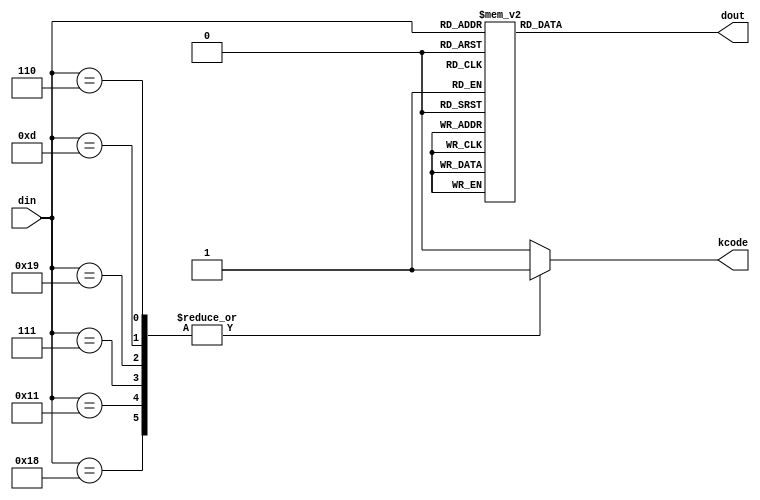
// This program was cloned from: https://github.com/briansune/USB-PD-3.1-Verilog
// License: MIT License

//  ____         _                ____                      
// | __ )  _ __ (_)  __ _  _ __  / ___|  _   _  _ __    ___ 
// |  _ \ | '__|| | / _` || '_ \ \___ \ | | | || '_ \  / _ \
// | |_) || |   | || (_| || | | | ___) || |_| || | | ||  __/
// |____/ |_|   |_| \__,_||_| |_||____/  \__,_||_| |_| \___|
//                                                          
// Programed By: BrianSune
// Contact: briansune@gmail.com
// 


`timescale 1ns/1ps

module dec_4b5b(
	
	input	[4 : 0]		din,
	output				kcode,
	output	[3 : 0]		dout
);
	
	reg		[3 : 0]		dout_c;
	reg					kcode_c;
	
	always@(*)begin
		case(din)
			5'b11110: dout_c = 4'd0;
			5'b01001: dout_c = 4'd1;
			5'b10100: dout_c = 4'd2;
			5'b10101: dout_c = 4'd3;
			5'b01010: dout_c = 4'd4;
			5'b01011: dout_c = 4'd5;
			5'b01110: dout_c = 4'd6;
			5'b01111: dout_c = 4'd7;
			5'b10010: dout_c = 4'd8;
			5'b10011: dout_c = 4'd9;
			5'b10110: dout_c = 4'hA;
			5'b10111: dout_c = 4'hB;
			5'b11010: dout_c = 4'hC;
			5'b11011: dout_c = 4'hD;
			5'b11100: dout_c = 4'hE;
			5'b11101: dout_c = 4'hF;
			// 1 XXXX
			5'b11000: dout_c = 4'd0; // sync-1
			5'b10001: dout_c = 4'd1; // sync-2
			5'b00111: dout_c = 4'd2; // rst-1
			5'b11001: dout_c = 4'd3; // rst-2
			5'b01101: dout_c = 4'd4; // eop
			5'b00110: dout_c = 4'd5; // sync-3
			default: dout_c = 4'd0;
		endcase
		
		case(din)
			5'b11000: kcode_c = 1'b1; // sync-1
			5'b10001: kcode_c = 1'b1; // sync-2
			5'b00111: kcode_c = 1'b1; // rst-1
			5'b11001: kcode_c = 1'b1; // rst-2
			5'b01101: kcode_c = 1'b1; // eop
			5'b00110: kcode_c = 1'b1; // sync-3
			default: kcode_c = 1'b0;
		endcase
	end
	
	assign dout  = dout_c;
	assign kcode = kcode_c;
	
endmodule